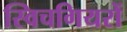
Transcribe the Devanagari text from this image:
स्विचगियरों